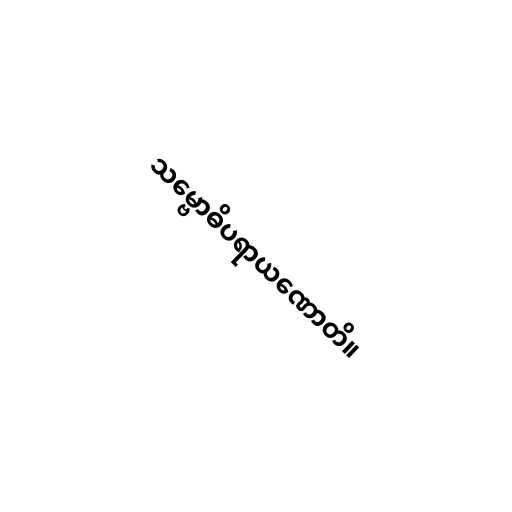
သမ္ဗောဓိပရာယဏောတိ။